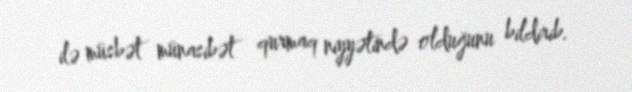
ilə müsbət münasibət qurmaq niyyətində olduğunu bildirib.